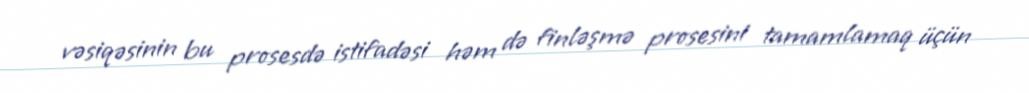
vəsiqəsinin bu prosesdə istifadəsi həm də finləşmə prosesini tamamlamaq üçün